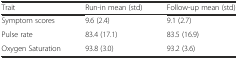
| Trait | Run-in mean (std) | Follow-up mean (std) |
 | --- | --- | --- |
 | Symptom scores | 9.6 (2.4) | 9.1 (2.7) |
 | Pulse rate | 83.4 (17.1) | 83.5 (16.9) |
 | Oxygen Saturation | 93.8 (3.0) | 93.2 (3.6) |